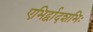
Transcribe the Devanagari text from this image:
एभिर्द्वादशभिः